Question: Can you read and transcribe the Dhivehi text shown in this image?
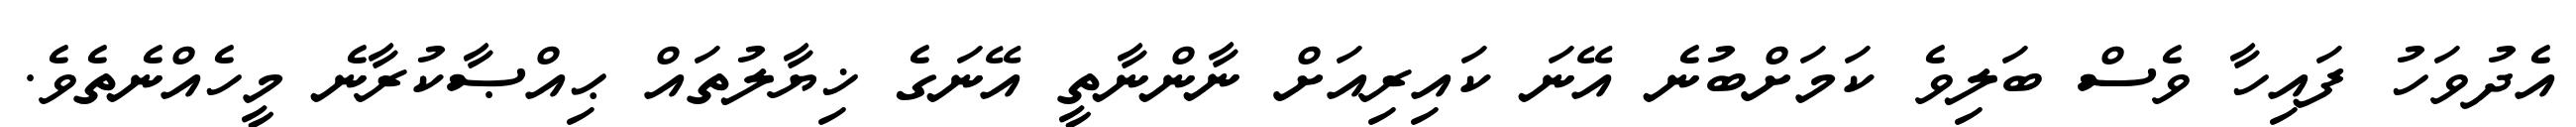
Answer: އެދުވަހު ފައިހާ ވެސް ބަލިވެ ކަމަށްބުނެ އޭނަ ކައިރިއަށް ނާންނާތީ އޭނަގެ ޚިޔާލުތައް ޙިއްޞާކުރާނެ މީހެއްނެތެވެ.